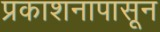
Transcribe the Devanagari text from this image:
प्रकाशनापासून